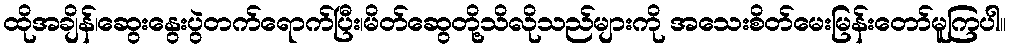
ထိုအချိန်၊ဆွေးနွေးပွဲတက်ရောက်ပြီး၊မိတ်ဆွေတို့သိလိုသည်များကို အသေးစိတ်မေးမြန်းတော်မူကြပါ။